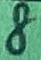
Text: 8